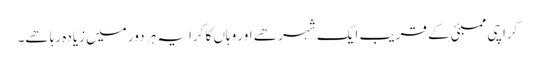
کراچی ممبئی کے قریب ایک شہر ھے اور وہاں کا کرایہ ہر دور میں زیادہ رہا ھے۔